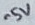
Text: -5V